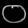
Digit: ၀